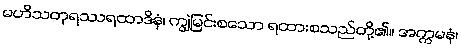
မဟိသတုရဿရထာဒိနံ၊ ကျွဲမြင်းစသော ရထားစသည်တို့၏။ အက္ကမနံ၊